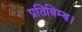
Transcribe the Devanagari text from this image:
प्रतिबिम्ब।